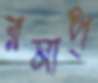
রমাপ্